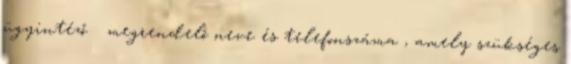
ügyintéző megrendelő neve és telefonszáma ,amely szükséges